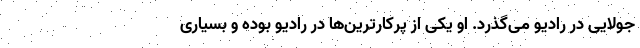
جولایی در رادیو می‌گذرد. او یکی از پرکارترین‌ها در رادیو بوده و بسیاری